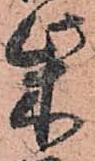
柴